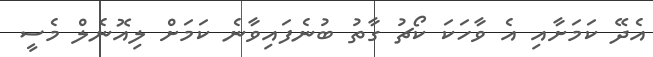
އެދޭ ކަމަށާއި އެ ވާހަކަ ކޯޗު ގާތު ބުނެފައިވާނެ ކަމަށް ލިއޮނެލް މެސީ